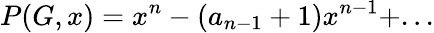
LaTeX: P(G,x)=x^{n}-(a_{n-1}+1)x^{n-1}+...